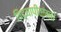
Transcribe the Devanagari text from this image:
विद्यापीठांमधे